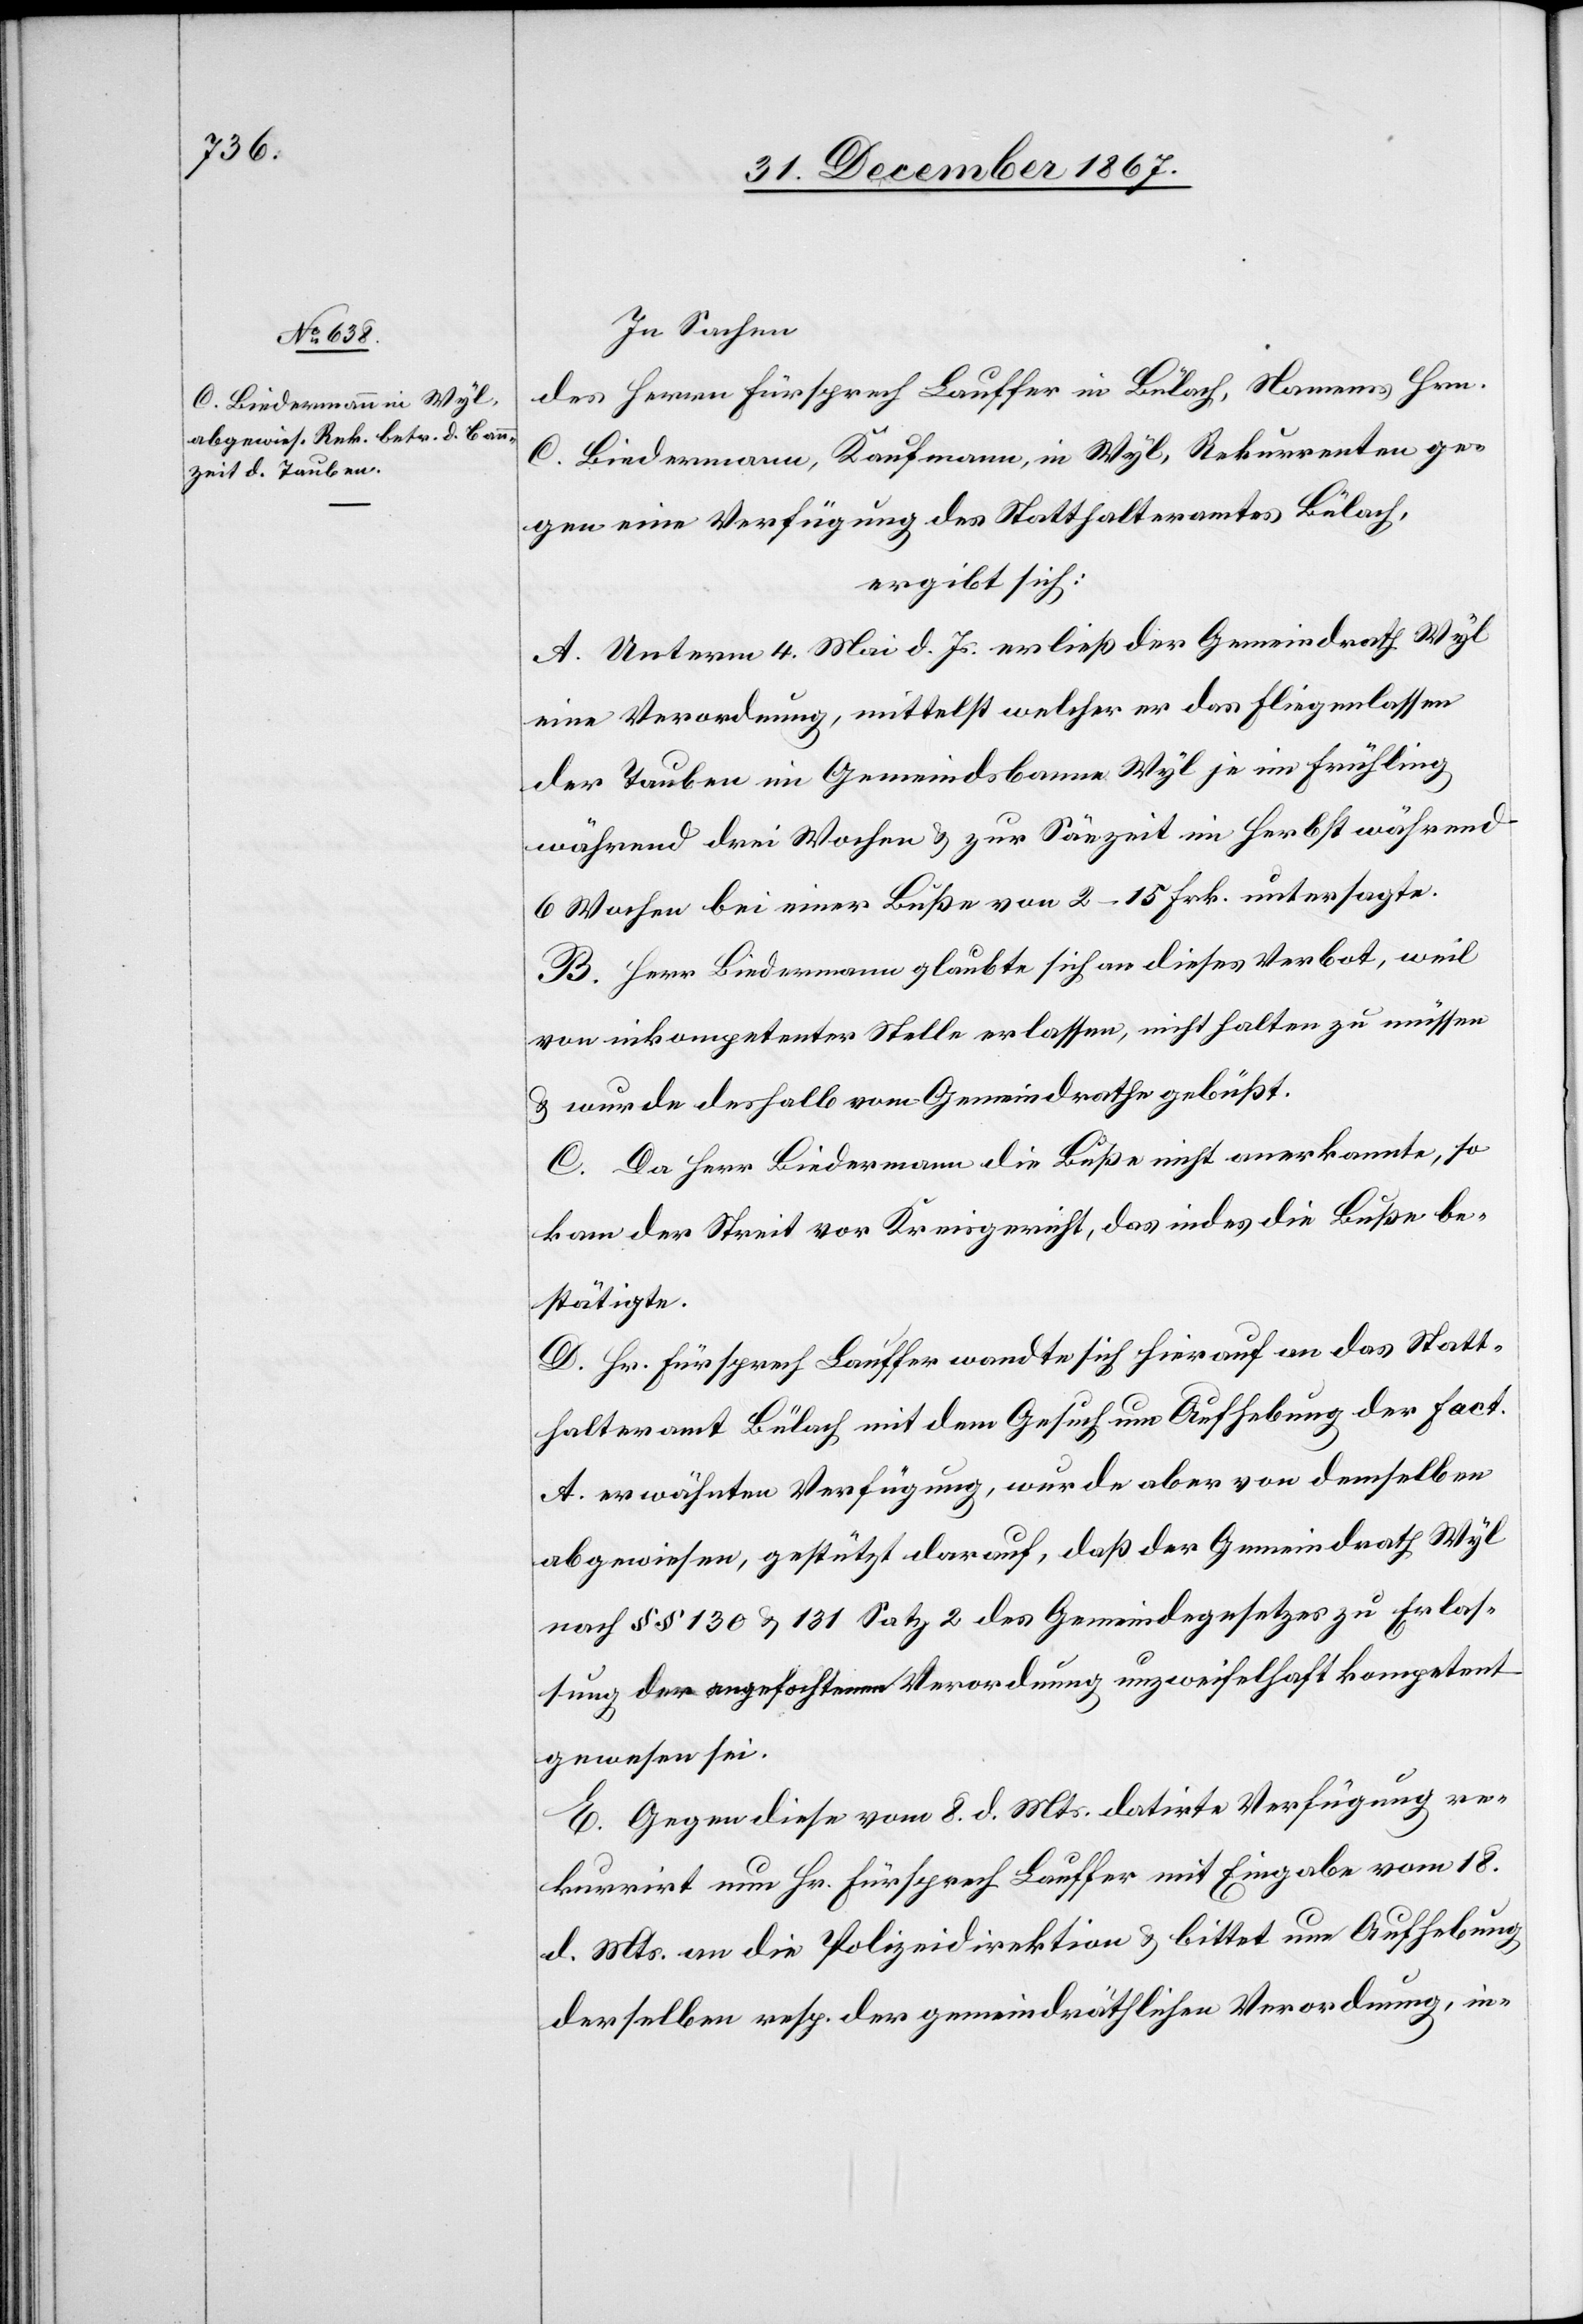
In Sachen
des Herrn Fürsprech Lauffer in Bülach, Namens Hrn.
C. Biedermann, Kaufmann, in Wyl, Rekurrenten ge¬
gen eine Verfügung des Statthalteramtes Bülach,
ergibt sich:
A. Unterm 4. Mai d. Js. erließ der Gemeindrath Wyl
eine Verordnung, mittelst welcher er das Fliegenlassen
der Tauben im Gemeindsbanne Wyl je im Frühling
während drei Wochen u. zur Säezeit im Herbst während
6 Wochen bei einer Buße von 2–15 Frk. untersagte.
B. Herr Biedermann glaubte sich an dieses Verbot, weil
von inkompetenter Stelle erlassen, nicht halten zu müssen
u. wurde deshalb vom Gemeindrathe gebüßt.
C. Da Herr Biedermann die Buße nicht anerkannte, so
kam der Streit vor Kreisgericht, das indes die Buße be¬
stätigte.
D. Hr. Fürsprech Lauffer wandte sich hierauf an das Statt¬
halteramt Bülach mit dem Gesuch um Aufhebung der Fact.
A erwähnten Verfügung, wurde aber von demselben
abgewiesen, gestützt darauf, daß der Gemeindrath Wyl
nach §§ 130 u. 131 Satz 2 des Gemeindegesetzes zu Erlas¬
sung der angefochtenen Verordnung unzweifelhaft kompetent
gewesen sei.
E. Gegen diese vom 8. d. Mts. datirte Verfügung re¬
kurrirt nun Hr. Fürsprech Lauffer mit Eingabe vom 18.
d. Mts. an die Polizeidirektion u. bittet um Aufhebung
derselben resp. der gemeindräthlichen Verordnung, in-